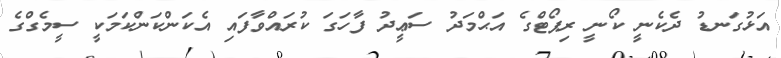
އަޅުގަނޑު ދެކެނީ ކޯނީ ރިޕޯޓްގެ އަޙްމަދު ސަޢީދު ފާހަގަ ކުރައްވާފައި އެކަންކަންކަމަކީ ސީމެގްގެ